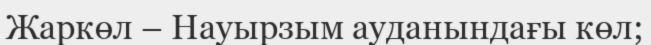
Жаркөл – Науырзым ауданындағы көл;